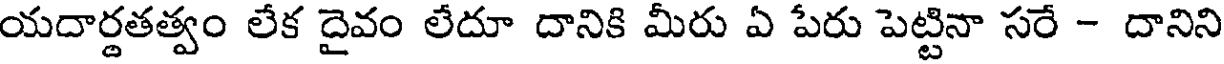
యదార్థతత్వం లేక దైవం లేదూ దానికి మీరు ఏ పేరు పెట్టినా సరే - దానిని